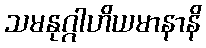
သမနုဂ္ဂါဟိယမာနာနိ